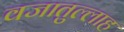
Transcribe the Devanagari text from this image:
वजातुल्लाह